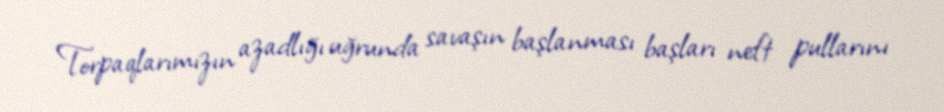
Torpaqlarımızın azadlığı uğrunda savaşın başlanması başları neft pullarını